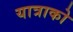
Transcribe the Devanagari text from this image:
यात्राको